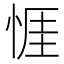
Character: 𢛄